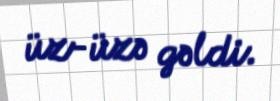
üz-üzə gəldi.